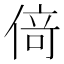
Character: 𠋣